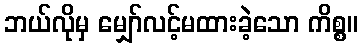
ဘယ်လိုမှ မျှော်လင့်မထားခဲ့သော ကိစ္စ။